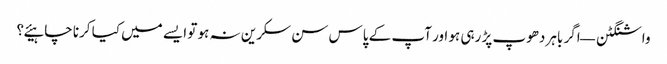
واشنگٹن — اگر باہر دھوپ پڑ رہی ہو اور آپ کے پاس سن سکرین نہ ہو تو ایسے میں کیا کرنا چاہیئے؟